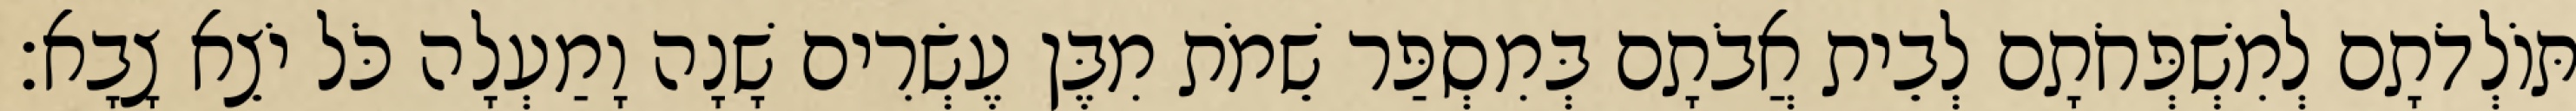
תּוֹלְדֹתָם לְמִשְׁפְּחֹתָם לְבֵית אֲבֹתָם בְּמִסְפַּר שֵׁמֹת מִבֶּן עֶשְׂרִים שָׁנָה וָמַעְלָה כֹּל יֹצֵא צָבָא׃